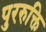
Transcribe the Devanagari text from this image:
पुररुक्ति